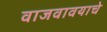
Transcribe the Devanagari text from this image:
वाजवावयाचे